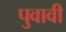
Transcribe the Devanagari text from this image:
पुवावी